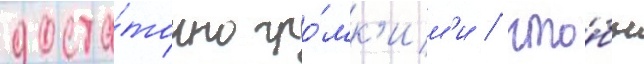
доста́точно гро́мк'им'и / что́бы